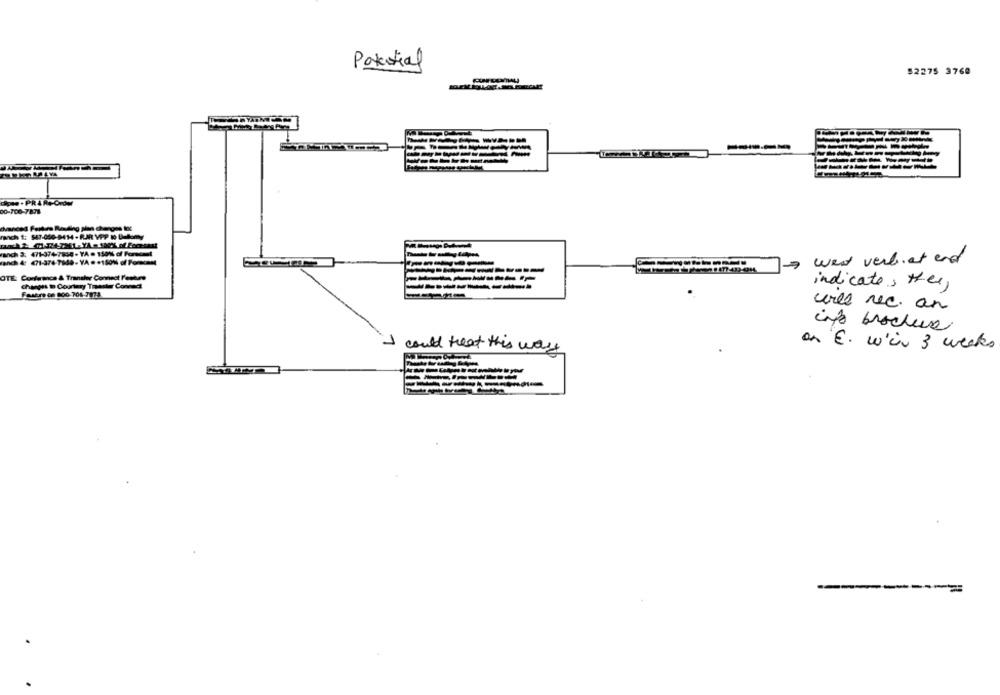
Potential
52275 3769
come . PRAR
00-700-7878
ranch 1: 547-000-9414 .RAR VPP 10 Bulomy
3: 471-374-7860- YA . 150% of Formemet
4: 471-374-7636-YA =+150% of Forcom
went verbiat and
OTE: Conference & Transler Connect Feutre
changes in Courtary Toaster Connect
indicate , Her,
Faakre os 800 704-7078
will rec. an
info brochure
on E. wich 3 weeks
I could treat this way
--------
--
----